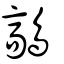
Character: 鶮